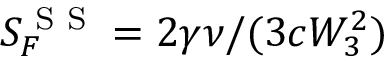
S _ { F } ^ { \textrm { S S } } = 2 \gamma \nu / ( 3 c W _ { 3 } ^ { 2 } )